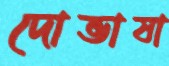
দোভাষা